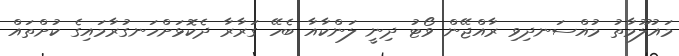
މައުލޫމާތު މުއްސަނދިވި ރާއްޖޭން ވޯޓު ދިނީ ލަންކާއާ ބެހޭ ގަރާރާ ދެކޮޅަށްހަނގުރާމައިގެ ކުށްތައް